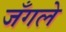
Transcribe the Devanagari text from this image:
जँगले